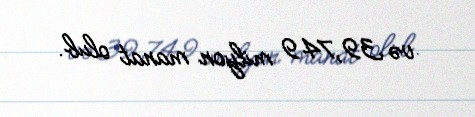
və 39,749 milyon manat olub.